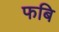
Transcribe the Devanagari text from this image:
फबि